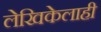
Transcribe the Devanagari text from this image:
लेखिकेलाही